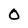
Character: O